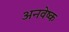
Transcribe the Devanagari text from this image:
अनवेष्क